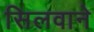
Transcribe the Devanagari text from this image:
सिलवाने